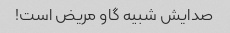
صدایش شبیه گاو مریض است!